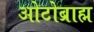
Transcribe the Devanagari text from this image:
ओटोब्राह्म